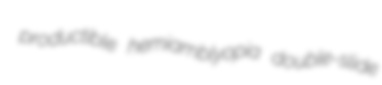
productible hemiamblyopia double-slide